Report on the Civil Veterinary Department, Eastern Bengal and Assam - 1907-1911
Year: 1907
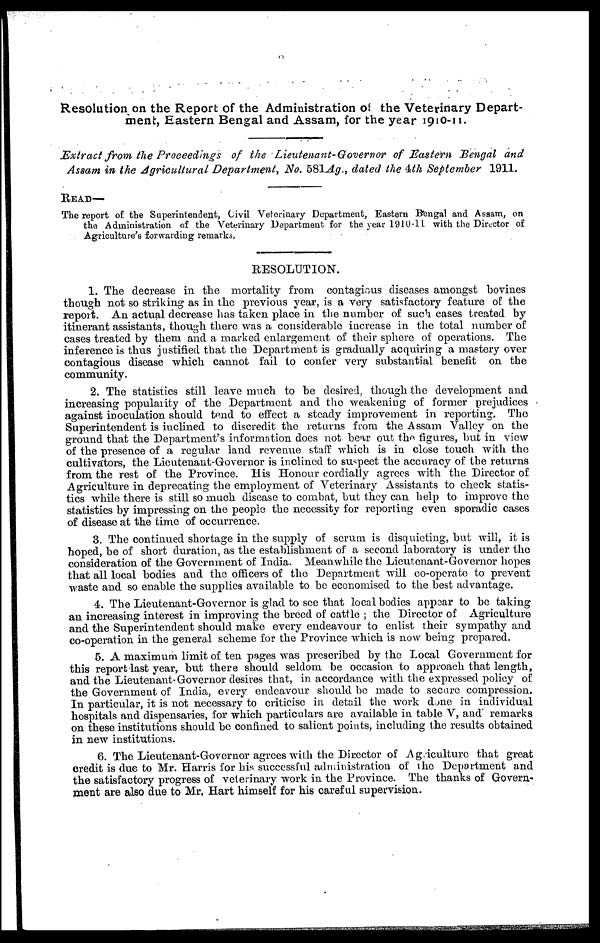
Resolution on the Report of the Administration of the Veterinary Depart-
ment, Eastern Bengal and Assam, for the year 191O-11.
Extract from the Proceedings of the Lieutenant-Governor of Eastern Bengal and
Assam in the Agricultural Department, No. 581Ag., dated the 4th September 1911.
READ—
The report of the Superintendent, Civil Veterinary Department, Eastern Bengal and Assam, on
the Administration of the Veterinary Department for the year 1910-11 with the Director of
Agriculture's forwarding remarks.
RESOLUTION.
1. The decrease in the mortality from contagious diseases amongst bovines
though not so striking as in the previous year, is a very satisfactory feature of the
report. An actual decrease has taken place in the number of such cases treated by
itinerant assistants, though there was a considerable increase in the total number of
cases treated by them and a marked enlargement of their sphere of operations. The
inference is thus justified that the Department is gradually acquiring a mastery over
contagious disease which cannot fail to confer very substantial benefit on the
community.
2. The statistics still leave much to be desired, though the development and
increasing popularity of the Department and the weakening of former prejudices
against inoculation should tend to effect a steady improvement in reporting. The
Superintendent is inclined to discredit the returns from the Assam Valley on the
ground that the Department's information does not bear out the figures, but in view
of the presence of a regular land revenue staff which is in close touch with the
cultivators, the Licutenant-Governor is inclined to suspect the accuracy of the returns
from the rest of the Province. His Honour cordially agrees with the Director of
Agriculture in deprecating the employment of Veterinary Assistants to check statis-
tics while there is still so much disease to combat, but they can help to improve the
statistics by impressing on the people the necessity for reporting even sporadic cases
of disease at the time of occurrence.
3. The continued shortage in the supply of scrum is disquieting, but will, it is
hoped, be of short duration, as the establishment of a second laboratory is under the
consideration of the Government of India. Meanwhile the Lieutenant-Governor hopes
that all local bodies and the officers of the Department will co-operate to prevent
waste and so enable the supplies available to be economised to the best advantage.
4. The Lieutenant-Governor is glad to see that local bodies appear to be taking
an increasing interest in improving the breed of cattle; the Director of Agriculture
and the Superintendent should make every endeavour to enlist their sympathy and
co-operation in the general scheme for the Province which is now being prepared.
5. A maximum limit of ten pages was prescribed by the Local Government for
this report last year, but there should seldom be occasion to approach that length,
and the Lieutenant-Governor desires that, in accordance with the expressed policy of
the Government of India, every endeavour should be made to secure compression.
In particular, it is not necessary to criticise in detail the work done in individual
hospitals and dispensaries, for which particulars are available in table V, and" remarks
on these institutions should be confined to salient points, including the results obtained
in new institutions.
6. The Lieutenant-Governor agrees with the Director of Agriculture that great
credit is du6 to Mr. Harris for bis successful administration of the Department and
the satisfactory progress of veterinary work in the Province. The thanks of Govern-
ment are also due to Mr. Hart himself for his careful supervision.